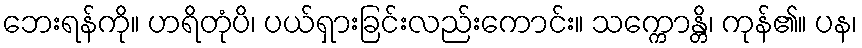
ဘေးရန်ကို။ ဟရိတုံပိ၊ ပယ်ရှားခြင်းလည်းကောင်း။ သက္ကောန္တိ၊ ကုန်၏။ ပန၊